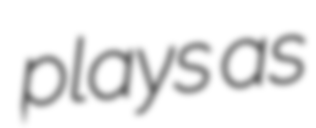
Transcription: plays as